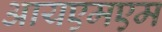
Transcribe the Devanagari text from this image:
आयएमएम